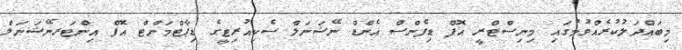
މިބައްދަލުކުރެއްވުމުގައި މިނިސްޓްރީ އޮފް ޑިފެންސް އެންޑް ނޭޝަނަލް ސެކިއުރިޓީގެ ޑިޕާޓްމަންޓް އޮފް އިންޓަރނޭޝަނަލް